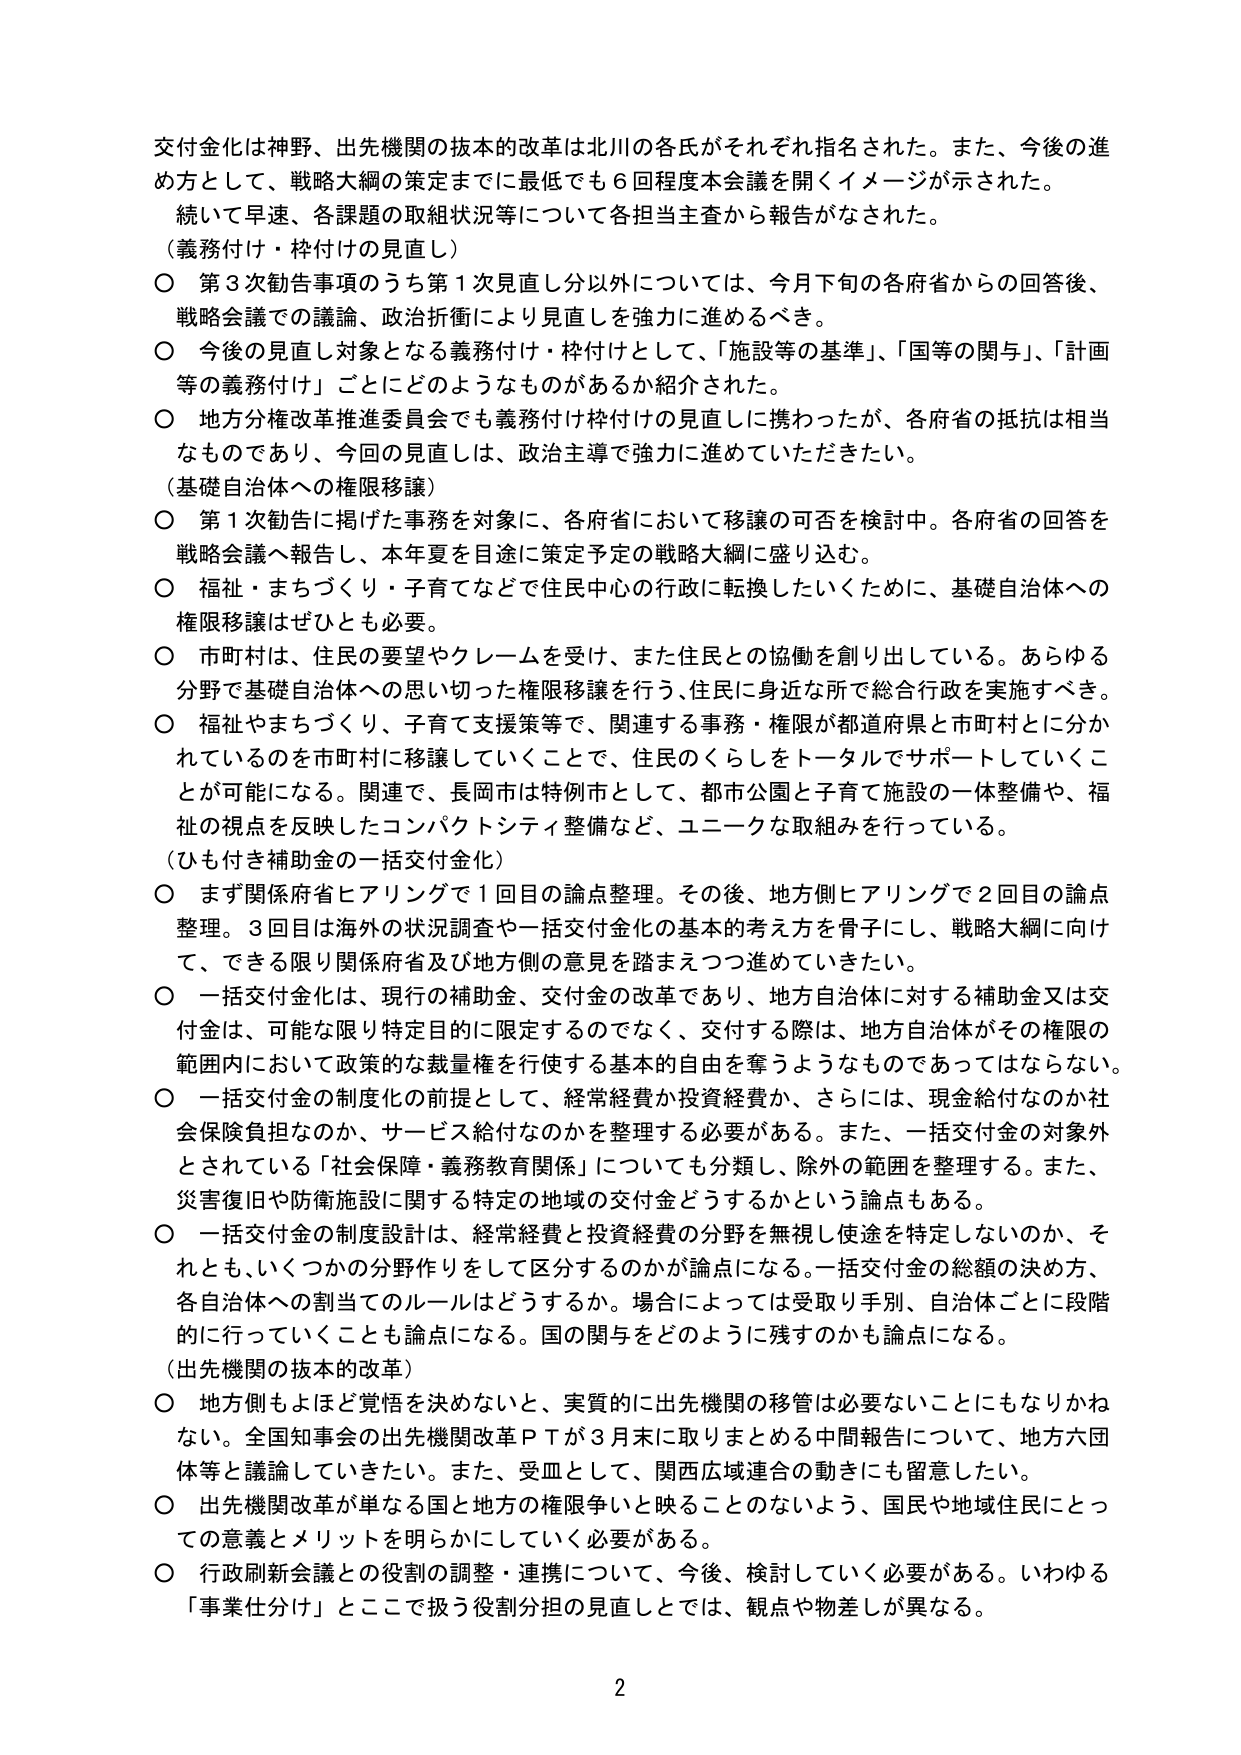
交付金化は神野、出先機関の抜本的改革は北川の各氏がそれぞれ指名された。また、今後の進め方として、戦略大綱の策定までに最低でも６回程度本会議を開くイメージが示された。

続いて早速、各課題の取組状況等について各担当主査から報告がなされた。

（義務付け・枠付けの見直し）

○ 第３次勧告事項のうち第１次見直し分以外については、今月下旬の各府省からの回答後、戦略会議での議論、政治折衝により見直しを強力に進めるべき。

○ 今後の見直し対象となる義務付け・枠付けとして、「施設等の基準」、「国等の関与」、「計画等の義務付け」ごとにどのようなものがあるか紹介された。

○ 地方分権改革推進委員会でも義務付け枠付けの見直しに携わったが、各府省の抵抗は相当なものであり、今回の見直しは、政治主導で強力に進めていただきたい。

（基礎自治体への権限移譲）

○ 第１次勧告に掲げた事務を対象に、各府省において移譲の可否を検討中。各府省の回答を戦略会議へ報告し、本年夏を目途に策定予定の戦略大綱に盛り込む。

○ 福祉・まちづくり・子育てなどで住民中心の行政に転換していくために、基礎自治体への権限移譲はぜひとも必要。

○ 市町村は、住民の要望やクレームを受け、また住民との協働を創り出している。あらゆる分野で基礎自治体への思い切った権限移譲を行う、住民に身近な所で総合行政を実施すべき。

○ 福祉やまちづくり、子育て支援策等で、関連する事務・権限が都道府県と市町村とに分かれているものを市町村に移譲していくことで、住民のくらしをトータルでサポートしていくことが可能になる。関連で、長岡市は特例市として、都市公園と子育て施設の一体整備や、福祉の視点を反映したコンパクトシティ整備など、ユニークな取組みを行っている。

（ひも付き補助金の一括交付金化）

○ まず関係府省ヒアリングで１回目の論点整理。その後、地方側ヒアリングで２回目の論点整理。３回目は海外の状況調査や一括交付金化の基本的考え方を骨子にし、戦略大綱に向けて、できる限り関係府省及び地方側の意見を踏まえつつ進めていきたい。

○ 一括交付金化は、現行の補助金、交付金の改革であり、地方自治体に対する補助金又は交付金は、可能な限り特定目的に限定するのでなく、交付する際は、地方自治体がその権限の範囲内において政策的な裁量権を行使する基本的自由を奪うようなものであってはならない。

○ 一括交付金の制度化の前提として、経常経費か投資経費か、さらには、現金給付なのか社会保険負担なのか、サービス給付なのかを整理する必要がある。また、一括交付金の対象外とされている「社会保障・義務教育関係」についても分類し、除外の範囲を整理する。また、災害復旧や防衛施設に関する特定の地域の交付金どうするかという論点もある。

○ 一括交付金の制度設計は、経常経費と投資経費の分野を無視し使途を特定しないのか、それとも、いくつかの分野作りをして区分するのかが論点になる。一括交付金の総額の決め方、各自治体への割当てのルールはどうするか。場合によっては受取り手別、自治体ごとに段階的に行っていくことも論点になる。国の関与をどのように残すのかも論点になる。

（出先機関の抜本的改革）

○ 地方側もよほど覚悟を決めないと、実質的に出先機関の移管は必要ないことにもなりかねない。全国知事会の出先機関改革ＰＴが３月末に取りまとめの中間報告について、地方六団体等と議論していきたい。また、受皿として、関西広域連合の動きにも留意したい。

○ 出先機関改革が単なる国と地方の権限争いと映ることのないよう、国民や地域住民にとっての意義とメリットを明らかにしていく必要がある。

○ 行政刷新会議との役割の調整・連携について、今後、検討していく必要がある。いわゆる「事業仕分け」とここで扱う役割分担の見直しとでは、観点や物差しが異なる。

2